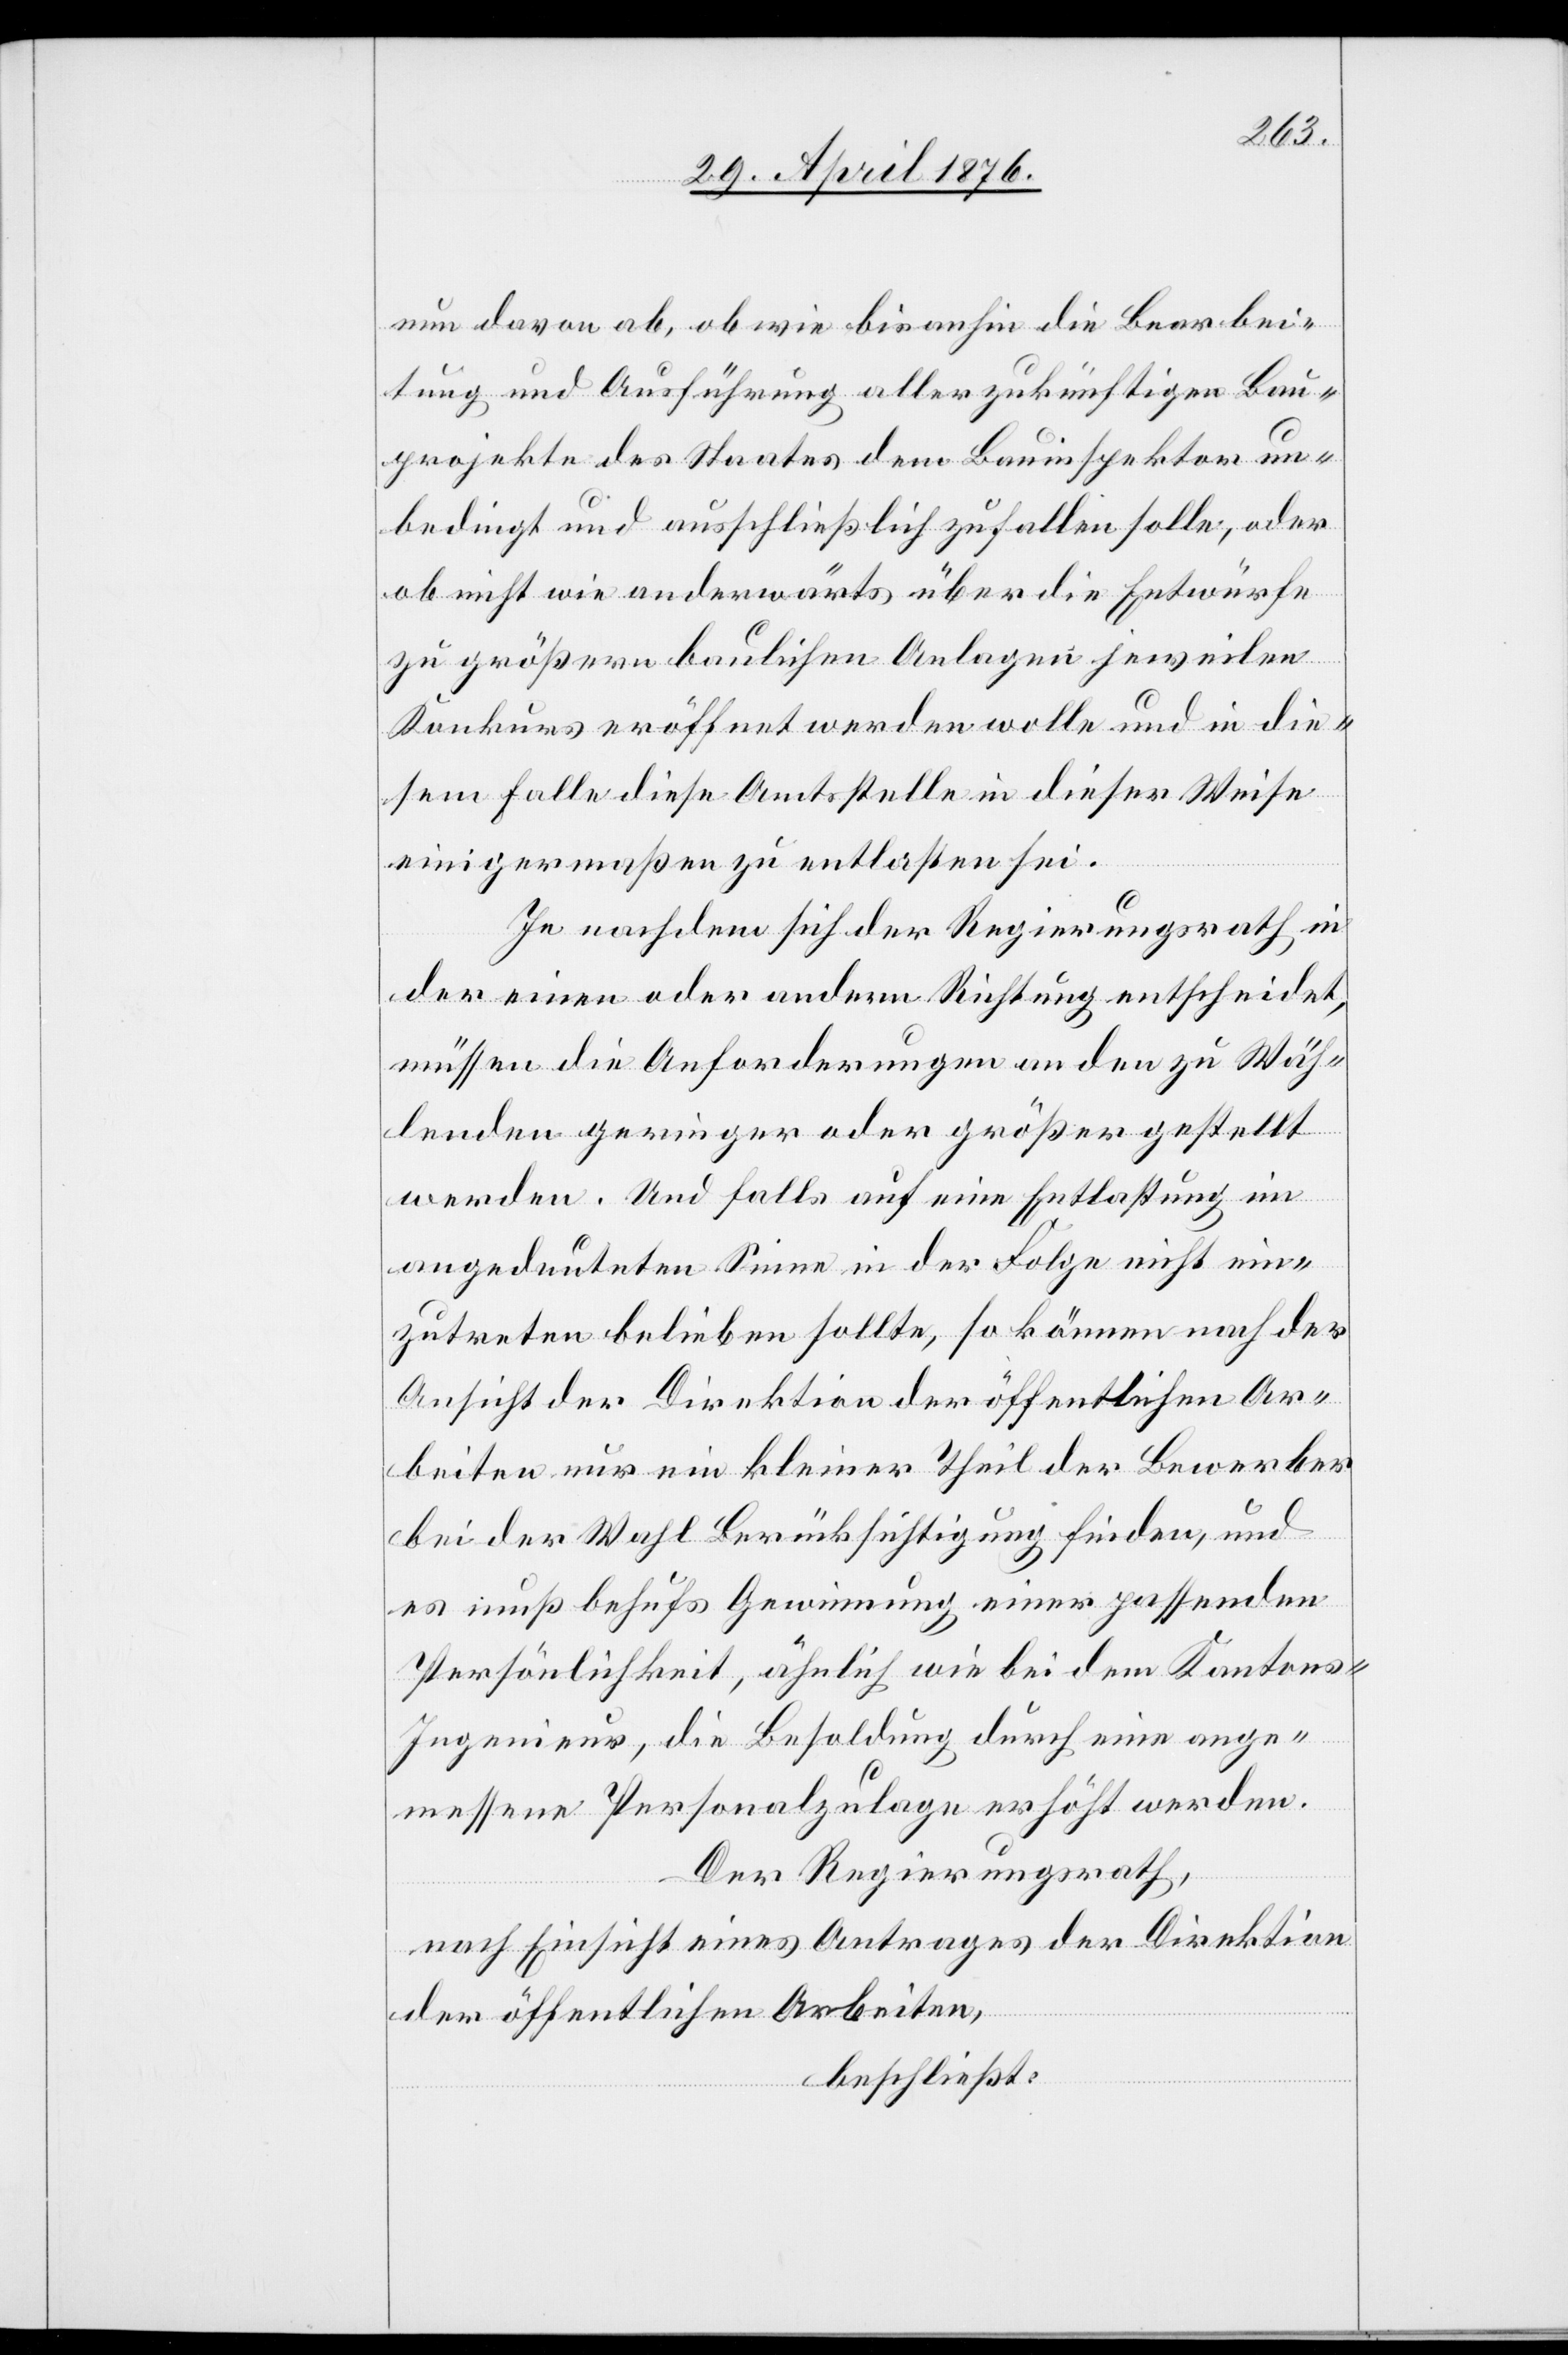
nun davon ab, ob und wie bisanhin die Bearbei¬
tung und Ausführung aller zukünftigen Bau¬
projekte des Staates dem Bauinspektor un¬
bedingt und ausschließlich zufallen solle, oder
ob nicht wie anderwärts über die Entwürf¬
e größern baulichen Anlagen jeweilen
Konkurs eröffnet werden wolle und in die¬
sem Falle diese Amtsstelle in dieser Weise
einigermaßen zu entlasten sei.
Je nachdem sich der Regierungsrath in
der einen oder andern Richtung entscheidet,
müssen die Anforderungen an den zu Wäh¬
lenden geringer oder größer gestellt
werden. Und falls auf eine Entlastung im
angedeuteten Sinne in der Folge nicht ein¬
zutreten belieben sollte, so können nach der
Ansicht der Direktion der öffentlichen Ar¬
beiten nur ein kleiner Theil der Bewerber
bei der Wahl Berücksichtigung finden, und
es muß behufs Gewinnung einer passenden
Persönlichkeit, ähnlich wie bei dem Kantons-I¬
ngenieur, die Besoldung durch eine ange¬
messene Personalzulage erhöht werden.
Der Regierungsrath,
nach Einsicht eines Antrages der Direktion
der öffentlichen Arbeiten,
beschließt: